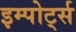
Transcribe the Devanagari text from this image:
इम्पोर्ट्स